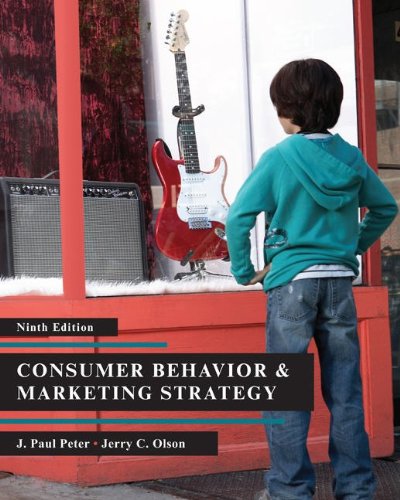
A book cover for Consumer Behavior; J. Paul Peter; Business & Money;